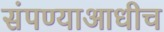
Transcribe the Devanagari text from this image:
संपण्याआधीच